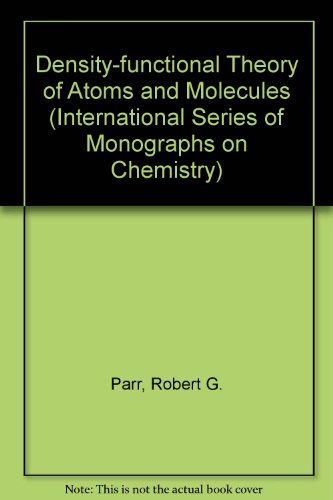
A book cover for Density-Functional Theory of Atoms and Molecules (International Series of Monographs on Chemistry, No. 16); Robert G. Parr; Science & Math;